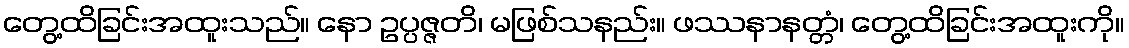
တွေ့ထိခြင်းအထူးသည်။ နော ဥပ္ပဇ္ဇတိ၊ မဖြစ်သနည်း။ ဖဿနာနတ္တံ၊ တွေ့ထိခြင်းအထူးကို။